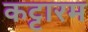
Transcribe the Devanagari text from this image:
कट्टारम